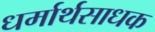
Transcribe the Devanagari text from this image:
धर्मार्थसाधक